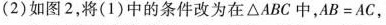
(2)如图2，将(1)中的条件改为在△ABC中，$$A B = A C$$，